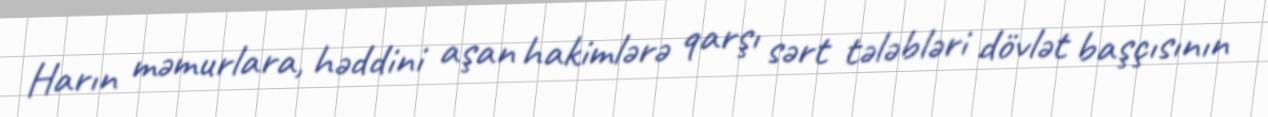
Harın məmurlara, həddini aşan hakimlərə qarşı sərt tələbləri dövlət başçısının